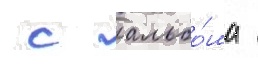
 с альбо́ма